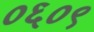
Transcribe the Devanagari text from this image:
०६०९